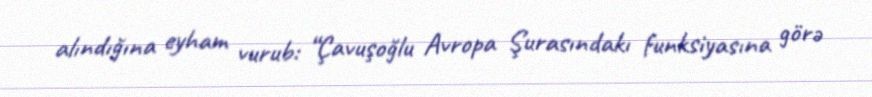
alındığına eyham vurub: “Çavuşoğlu Avropa Şurasındakı funksiyasına görə